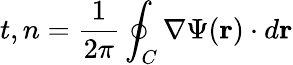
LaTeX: t,n=\frac{1}{2\pi}\oint_{C}\nabla\Psi(\mathbf{r})\cdot d\mathbf{r}